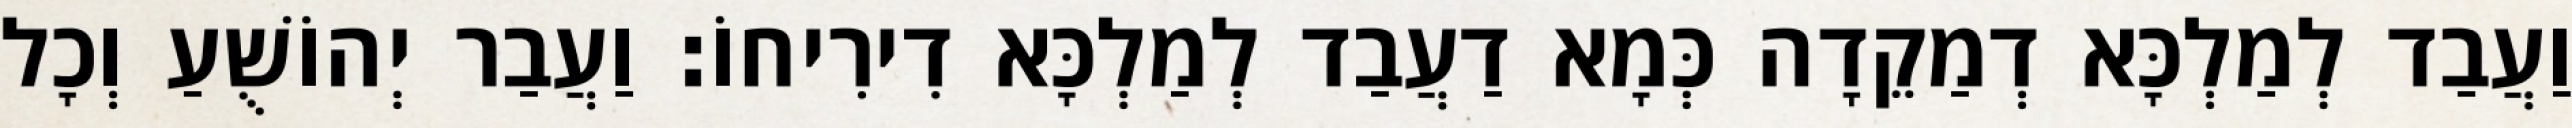
וַעֲבַד לְמַלְכָּא דְמַקֵדָה כְּמָא דַעֲבַד לְמַלְכָּא דִירִיחוֹ׃ וַעֲבַר יְהוֹשֻׁעַ וְכָל